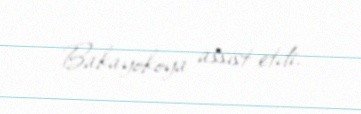
Bakayokoya assist etdi.